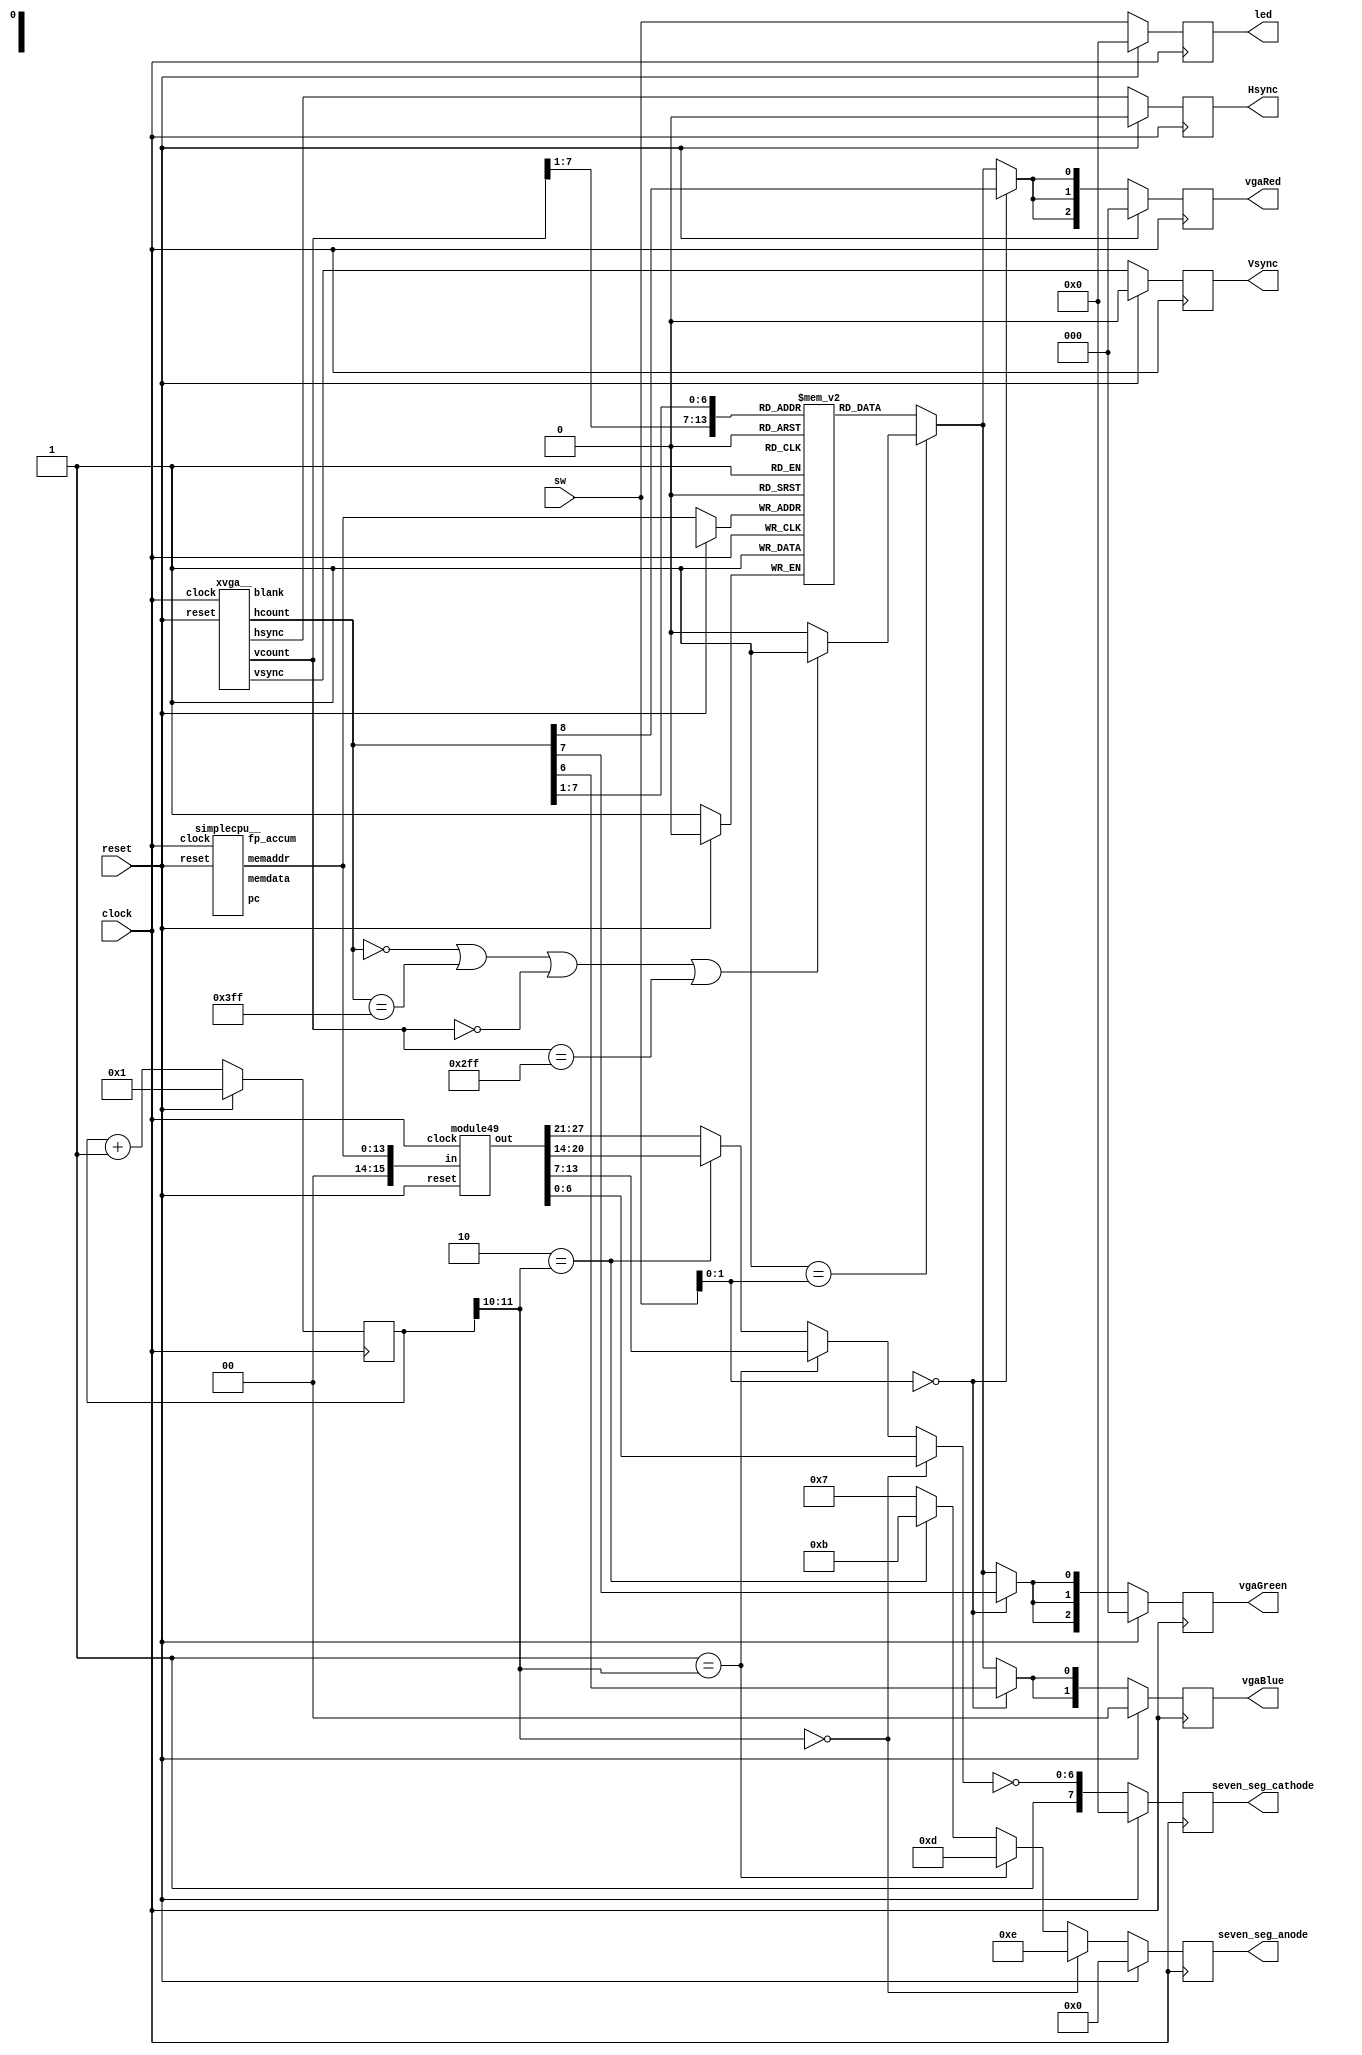
/////////////////////////////////////////
//
//
// NOTE: This file will be overwritten with the generated verilog from your Piplin project!
//
//
/////////////////////////////////////////

module piplin_project(
  clock,
  reset,
  sw,
  led,
  seven_seg_cathode,
  seven_seg_anode,
  vgaRed,
  vgaGreen,
  vgaBlue,
  Hsync,
  Vsync
);
  input wire clock;
  input wire reset;
  wire [15:0] deco_in;
  wire [27:0] deco_out;
  module49 deco(
    .clock(clock), .reset(reset),
    .in(deco_in),
    .out(deco_out)
  );

  wire [10:0] vga_hcount;
  wire [9:0] vga_vcount;
  wire  vga_hsync;
  wire  vga_vsync;
  wire  vga_blank;
  xvga__ vga(
    .clock(clock), .reset(reset),
    .hcount(vga_hcount),
    .vcount(vga_vcount),
    .hsync(vga_hsync),
    .vsync(vga_vsync),
    .blank(vga_blank)
  );

  wire [13:0] cpu_memaddr;
  wire  cpu_memdata;
  wire [7:0] cpu_pc;
  wire [15:0] cpu_fp_accum;
  simplecpu__ cpu(
    .clock(clock), .reset(reset),
    .memaddr(cpu_memaddr),
    .memdata(cpu_memdata),
    .pc(cpu_pc),
    .fp_accum(cpu_fp_accum)
  );

  //inputs
  input wire [7:0] sw;

  //outputs
  output reg [7:0] led;
  output reg [7:0] seven_seg_cathode;
  output reg [3:0] seven_seg_anode;
  output reg [2:0] vgaRed;
  output reg [2:0] vgaGreen;
  output reg [1:0] vgaBlue;
  output reg  Hsync;
  output reg  Vsync;

  //feedback
  reg [23:0] timer;
  reg [15:0] counter;
  reg [13:0] faster_counter;
  reg [13:0] buffer_index;
  reg  video_buffer [16383:0];


  wire [15:0] G__39281 = {2'b00, cpu_memaddr};
  wire [10:0] G__39282 = vga_hcount;
  wire [6:0] G__39283 = G__39282[7:1];
  wire [9:0] G__39284 = vga_vcount;
  wire [6:0] G__39285 = G__39284[7:1];
  wire [13:0] G__39286 = {G__39285, G__39283};
  wire [13:0] G__39287 = {G__39285, G__39283};
  wire  G__39288 = video_buffer[G__39287];
  wire  G__39289 = vga_vcount == 10'd767;
  wire  G__39290 = vga_vcount == 10'd0;
  wire  G__39291 = vga_hcount == 11'd1023;
  wire  G__39292 = vga_hcount == 11'd0;
  wire  G__39293 = G__39292 | G__39291;
  wire  G__39294 = G__39293 | G__39290;
  wire  G__39295 = G__39294 | G__39289;
  wire  G__39296 = G__39295 ? 1'b1 : 1'b0;
  wire [1:0] G__39297 = sw[1:0];
  wire  G__39298 = 2'b01 == G__39297;
  wire  G__39299 = G__39298 ? G__39296 : G__39288;
  wire  G__39300 = G__39282[8:8];
  wire  G__39301 = 2'b00 == G__39297;
  wire  G__39302 = G__39301 ? G__39300 : G__39299;
  wire [1:0] G__39303 = {G__39302, G__39302};
  wire [2:0] G__39304 = {G__39303, G__39302};
  wire  G__39305 = G__39282[7:7];
  wire  G__39306 = G__39301 ? G__39305 : G__39299;
  wire [1:0] G__39307 = {G__39306, G__39306};
  wire [2:0] G__39308 = {G__39307, G__39306};
  wire  G__39309 = G__39282[6:6];
  wire  G__39310 = G__39301 ? G__39309 : G__39299;
  wire [1:0] G__39311 = {G__39310, G__39310};
  wire [23:0] G__39312 = timer + 24'd1;
  wire [15:0] G__39313 = counter + 16'd1;
  wire  G__39314 = 24'd0 == timer;
  wire [15:0] G__39315 = G__39314 ? G__39313 : counter;
  wire [13:0] G__39316 = faster_counter + 14'd1;
  wire [23:0] G__39317 = timer;
  wire [1:0] G__39318 = G__39317[11:10];
  wire  G__39319 = 2'b10 == G__39318;
  wire [3:0] G__39320 = G__39319 ? 4'b1011 : 4'b0111;
  wire  G__39321 = 2'b01 == G__39318;
  wire [3:0] G__39322 = G__39321 ? 4'b1101 : G__39320;
  wire  G__39323 = 2'b00 == G__39318;
  wire [3:0] G__39324 = G__39323 ? 4'b1110 : G__39322;
  wire [6:0] G__39325 = deco_out[27:21];
  wire [6:0] G__39326 = deco_out[20:14];
  wire [6:0] G__39327 = G__39319 ? G__39326 : G__39325;
  wire [6:0] G__39328 = deco_out[13:7];
  wire [6:0] G__39329 = G__39321 ? G__39328 : G__39327;
  wire [6:0] G__39330 = deco_out[6:0];
  wire [6:0] G__39331 = G__39323 ? G__39330 : G__39329;
  wire [6:0] G__39332 = ~G__39331;
  wire [7:0] G__39333 = {1'b1, G__39332};


  always @(posedge clock)
    if (reset) begin
      seven_seg_anode <= 4'b0000;
      vgaGreen <= 3'b000;
      timer <= 24'd1;
      led <= 8'b00000000;
      Hsync <= 1'b0;
      seven_seg_cathode <= 8'b00000000;
      faster_counter <= 14'd0;
      buffer_index <= 14'd0;
      vgaRed <= 3'b000;
      vgaBlue <= 2'b00;
      counter <= 16'd0;
      Vsync <= 1'b0;
    end else begin
      Hsync <= vga_hsync;
      Vsync <= vga_vsync;
      video_buffer[cpu_memaddr] <= 1'b1;
      vgaRed <= G__39304;
      vgaGreen <= G__39308;
      vgaBlue <= G__39311;
      led <= sw;
      timer <= G__39312;
      counter <= G__39315;
      faster_counter <= G__39316;
      seven_seg_anode <= G__39324;
      seven_seg_cathode <= G__39333;
    end

  assign deco_in = G__39281;
endmodule

module module49(
  clock,
  reset,
  in,
  out
);
  input wire clock;
  input wire reset;

  //inputs
  input wire [15:0] in;

  //outputs
  output reg [27:0] out;


  wire [15:0] G__39334 = in;
  wire [3:0] G__39335 = G__39334[3:0];
  wire  G__39336 = 4'b1110 == G__39335;
  wire [6:0] G__39337 = G__39336 ? 7'b1111001 : 7'b1110001;
  wire  G__39338 = 4'b1101 == G__39335;
  wire [6:0] G__39339 = G__39338 ? 7'b1011110 : G__39337;
  wire  G__39340 = 4'b1100 == G__39335;
  wire [6:0] G__39341 = G__39340 ? 7'b0111001 : G__39339;
  wire  G__39342 = 4'b1011 == G__39335;
  wire [6:0] G__39343 = G__39342 ? 7'b1111100 : G__39341;
  wire  G__39344 = 4'b1010 == G__39335;
  wire [6:0] G__39345 = G__39344 ? 7'b1110111 : G__39343;
  wire  G__39346 = 4'b1001 == G__39335;
  wire [6:0] G__39347 = G__39346 ? 7'b1100111 : G__39345;
  wire  G__39348 = 4'b1000 == G__39335;
  wire [6:0] G__39349 = G__39348 ? 7'b1111111 : G__39347;
  wire  G__39350 = 4'b0111 == G__39335;
  wire [6:0] G__39351 = G__39350 ? 7'b0000111 : G__39349;
  wire  G__39352 = 4'b0110 == G__39335;
  wire [6:0] G__39353 = G__39352 ? 7'b1111101 : G__39351;
  wire  G__39354 = 4'b0101 == G__39335;
  wire [6:0] G__39355 = G__39354 ? 7'b1101101 : G__39353;
  wire  G__39356 = 4'b0100 == G__39335;
  wire [6:0] G__39357 = G__39356 ? 7'b1100110 : G__39355;
  wire  G__39358 = 4'b0011 == G__39335;
  wire [6:0] G__39359 = G__39358 ? 7'b1001111 : G__39357;
  wire  G__39360 = 4'b0010 == G__39335;
  wire [6:0] G__39361 = G__39360 ? 7'b1011011 : G__39359;
  wire  G__39362 = 4'b0001 == G__39335;
  wire [6:0] G__39363 = G__39362 ? 7'b0000110 : G__39361;
  wire  G__39364 = 4'b0000 == G__39335;
  wire [6:0] G__39365 = G__39364 ? 7'b0111111 : G__39363;
  wire [3:0] G__39366 = G__39334[7:4];
  wire  G__39367 = 4'b1110 == G__39366;
  wire [6:0] G__39368 = G__39367 ? 7'b1111001 : 7'b1110001;
  wire  G__39369 = 4'b1101 == G__39366;
  wire [6:0] G__39370 = G__39369 ? 7'b1011110 : G__39368;
  wire  G__39371 = 4'b1100 == G__39366;
  wire [6:0] G__39372 = G__39371 ? 7'b0111001 : G__39370;
  wire  G__39373 = 4'b1011 == G__39366;
  wire [6:0] G__39374 = G__39373 ? 7'b1111100 : G__39372;
  wire  G__39375 = 4'b1010 == G__39366;
  wire [6:0] G__39376 = G__39375 ? 7'b1110111 : G__39374;
  wire  G__39377 = 4'b1001 == G__39366;
  wire [6:0] G__39378 = G__39377 ? 7'b1100111 : G__39376;
  wire  G__39379 = 4'b1000 == G__39366;
  wire [6:0] G__39380 = G__39379 ? 7'b1111111 : G__39378;
  wire  G__39381 = 4'b0111 == G__39366;
  wire [6:0] G__39382 = G__39381 ? 7'b0000111 : G__39380;
  wire  G__39383 = 4'b0110 == G__39366;
  wire [6:0] G__39384 = G__39383 ? 7'b1111101 : G__39382;
  wire  G__39385 = 4'b0101 == G__39366;
  wire [6:0] G__39386 = G__39385 ? 7'b1101101 : G__39384;
  wire  G__39387 = 4'b0100 == G__39366;
  wire [6:0] G__39388 = G__39387 ? 7'b1100110 : G__39386;
  wire  G__39389 = 4'b0011 == G__39366;
  wire [6:0] G__39390 = G__39389 ? 7'b1001111 : G__39388;
  wire  G__39391 = 4'b0010 == G__39366;
  wire [6:0] G__39392 = G__39391 ? 7'b1011011 : G__39390;
  wire  G__39393 = 4'b0001 == G__39366;
  wire [6:0] G__39394 = G__39393 ? 7'b0000110 : G__39392;
  wire  G__39395 = 4'b0000 == G__39366;
  wire [6:0] G__39396 = G__39395 ? 7'b0111111 : G__39394;
  wire [3:0] G__39397 = G__39334[11:8];
  wire  G__39398 = 4'b1110 == G__39397;
  wire [6:0] G__39399 = G__39398 ? 7'b1111001 : 7'b1110001;
  wire  G__39400 = 4'b1101 == G__39397;
  wire [6:0] G__39401 = G__39400 ? 7'b1011110 : G__39399;
  wire  G__39402 = 4'b1100 == G__39397;
  wire [6:0] G__39403 = G__39402 ? 7'b0111001 : G__39401;
  wire  G__39404 = 4'b1011 == G__39397;
  wire [6:0] G__39405 = G__39404 ? 7'b1111100 : G__39403;
  wire  G__39406 = 4'b1010 == G__39397;
  wire [6:0] G__39407 = G__39406 ? 7'b1110111 : G__39405;
  wire  G__39408 = 4'b1001 == G__39397;
  wire [6:0] G__39409 = G__39408 ? 7'b1100111 : G__39407;
  wire  G__39410 = 4'b1000 == G__39397;
  wire [6:0] G__39411 = G__39410 ? 7'b1111111 : G__39409;
  wire  G__39412 = 4'b0111 == G__39397;
  wire [6:0] G__39413 = G__39412 ? 7'b0000111 : G__39411;
  wire  G__39414 = 4'b0110 == G__39397;
  wire [6:0] G__39415 = G__39414 ? 7'b1111101 : G__39413;
  wire  G__39416 = 4'b0101 == G__39397;
  wire [6:0] G__39417 = G__39416 ? 7'b1101101 : G__39415;
  wire  G__39418 = 4'b0100 == G__39397;
  wire [6:0] G__39419 = G__39418 ? 7'b1100110 : G__39417;
  wire  G__39420 = 4'b0011 == G__39397;
  wire [6:0] G__39421 = G__39420 ? 7'b1001111 : G__39419;
  wire  G__39422 = 4'b0010 == G__39397;
  wire [6:0] G__39423 = G__39422 ? 7'b1011011 : G__39421;
  wire  G__39424 = 4'b0001 == G__39397;
  wire [6:0] G__39425 = G__39424 ? 7'b0000110 : G__39423;
  wire  G__39426 = 4'b0000 == G__39397;
  wire [6:0] G__39427 = G__39426 ? 7'b0111111 : G__39425;
  wire [3:0] G__39428 = G__39334[15:12];
  wire  G__39429 = 4'b1110 == G__39428;
  wire [6:0] G__39430 = G__39429 ? 7'b1111001 : 7'b1110001;
  wire  G__39431 = 4'b1101 == G__39428;
  wire [6:0] G__39432 = G__39431 ? 7'b1011110 : G__39430;
  wire  G__39433 = 4'b1100 == G__39428;
  wire [6:0] G__39434 = G__39433 ? 7'b0111001 : G__39432;
  wire  G__39435 = 4'b1011 == G__39428;
  wire [6:0] G__39436 = G__39435 ? 7'b1111100 : G__39434;
  wire  G__39437 = 4'b1010 == G__39428;
  wire [6:0] G__39438 = G__39437 ? 7'b1110111 : G__39436;
  wire  G__39439 = 4'b1001 == G__39428;
  wire [6:0] G__39440 = G__39439 ? 7'b1100111 : G__39438;
  wire  G__39441 = 4'b1000 == G__39428;
  wire [6:0] G__39442 = G__39441 ? 7'b1111111 : G__39440;
  wire  G__39443 = 4'b0111 == G__39428;
  wire [6:0] G__39444 = G__39443 ? 7'b0000111 : G__39442;
  wire  G__39445 = 4'b0110 == G__39428;
  wire [6:0] G__39446 = G__39445 ? 7'b1111101 : G__39444;
  wire  G__39447 = 4'b0101 == G__39428;
  wire [6:0] G__39448 = G__39447 ? 7'b1101101 : G__39446;
  wire  G__39449 = 4'b0100 == G__39428;
  wire [6:0] G__39450 = G__39449 ? 7'b1100110 : G__39448;
  wire  G__39451 = 4'b0011 == G__39428;
  wire [6:0] G__39452 = G__39451 ? 7'b1001111 : G__39450;
  wire  G__39453 = 4'b0010 == G__39428;
  wire [6:0] G__39454 = G__39453 ? 7'b1011011 : G__39452;
  wire  G__39455 = 4'b0001 == G__39428;
  wire [6:0] G__39456 = G__39455 ? 7'b0000110 : G__39454;
  wire  G__39457 = 4'b0000 == G__39428;
  wire [6:0] G__39458 = G__39457 ? 7'b0111111 : G__39456;
  wire [13:0] G__39459 = {G__39458, G__39427};
  wire [20:0] G__39460 = {G__39459, G__39396};
  wire [27:0] G__39461 = {G__39460, G__39365};


  always @(posedge clock)
    if (reset) begin
      out <= 28'b0000000000000000000000000000;
    end else begin
      out <= G__39461;
    end

endmodule

module xvga__(
  clock,
  reset,
  hcount,
  vcount,
  hsync,
  vsync,
  blank
);
  input wire clock;
  input wire reset;

  //outputs
  output reg [10:0] hcount;
  output reg [9:0] vcount;
  output reg  hsync;
  output reg  vsync;
  output reg  blank;

  //feedback
  reg  hblank;
  reg  vblank;


  wire [10:0] G__39462 = hcount + 11'd1;
  wire  G__39463 = hcount == 11'd1343;
  wire [10:0] G__39464 = G__39463 ? 11'd0 : G__39462;
  wire  G__39465 = hcount == 11'd1023;
  wire  G__39466 = G__39465 ? 1'b1 : hblank;
  wire  G__39467 = G__39463 ? 1'b0 : G__39466;
  wire  G__39468 = hcount == 11'd1183;
  wire  G__39469 = G__39468 ? 1'b1 : hsync;
  wire  G__39470 = hcount == 11'd1047;
  wire  G__39471 = G__39470 ? 1'b0 : G__39469;
  wire [9:0] G__39472 = vcount + 10'd1;
  wire  G__39473 = vcount == 10'd805;
  wire  G__39474 = G__39463 & G__39473;
  wire [9:0] G__39475 = G__39474 ? 10'd0 : G__39472;
  wire  G__39476 = ~G__39463;
  wire [9:0] G__39477 = G__39476 ? vcount : G__39475;
  wire  G__39478 = vcount == 10'd767;
  wire  G__39479 = G__39463 & G__39478;
  wire  G__39480 = G__39479 ? 1'b1 : vblank;
  wire  G__39481 = G__39474 ? 1'b0 : G__39480;
  wire  G__39482 = vcount == 10'd782;
  wire  G__39483 = G__39463 & G__39482;
  wire  G__39484 = G__39483 ? 1'b1 : vsync;
  wire  G__39485 = vcount == 10'd776;
  wire  G__39486 = G__39463 & G__39485;
  wire  G__39487 = G__39486 ? 1'b0 : G__39484;
  wire  G__39488 = G__39467 & G__39476;
  wire  G__39489 = G__39481 | G__39488;


  always @(posedge clock)
    if (reset) begin
      vblank <= 1'b0;
      hblank <= 1'b0;
      hcount <= 11'd0;
      vcount <= 10'd0;
      hsync <= 1'b0;
      vsync <= 1'b0;
      blank <= 1'b0;
    end else begin
      hcount <= G__39464;
      hblank <= G__39467;
      hsync <= G__39471;
      vcount <= G__39477;
      vblank <= G__39481;
      vsync <= G__39487;
      blank <= G__39489;
    end

endmodule

module simplecpu__(
  clock,
  reset,
  memaddr,
  memdata,
  pc,
  fp_accum
);
  input wire clock;
  input wire reset;

  //outputs
  output reg [13:0] memaddr;
  output reg  memdata;
  output reg [7:0] pc;
  output reg [15:0] fp_accum;

  //feedback
  reg [15:0] fp_regs [7:0];


  wire [7:0] G__39490 = pc + 8'd1;
  wire  G__39491 = 8'd15 == pc;
  wire [22:0] G__39492 = G__39491 ? {4'b0001, 11'b0, 8'd5} : {4'b0101, 18'b0, 1'b0};
  wire  G__39493 = 8'd14 == pc;
  wire [22:0] G__39494 = G__39493 ? {4'b0110, 16'b0, 3'd4} : G__39492;
  wire  G__39495 = 8'd13 == pc;
  wire [22:0] G__39496 = G__39495 ? {4'b1000, 16'b0, 3'd5} : G__39494;
  wire  G__39497 = 8'd12 == pc;
  wire [22:0] G__39498 = G__39497 ? {4'b0111, 16'b0, 3'd4} : G__39496;
  wire  G__39499 = 8'd11 == pc;
  wire [22:0] G__39500 = G__39499 ? {4'b0110, 16'b0, 3'd2} : G__39498;
  wire  G__39501 = 8'd10 == pc;
  wire [22:0] G__39502 = G__39501 ? {4'b1000, 16'b0, 3'd3} : G__39500;
  wire  G__39503 = 8'd9 == pc;
  wire [22:0] G__39504 = G__39503 ? {4'b0111, 16'b0, 3'd2} : G__39502;
  wire  G__39505 = 8'd8 == pc;
  wire [22:0] G__39506 = G__39505 ? {4'b0110, 16'b0, 3'd1} : G__39504;
  wire  G__39507 = 8'd7 == pc;
  wire [22:0] G__39508 = G__39507 ? {4'b1000, 16'b0, 3'd2} : G__39506;
  wire  G__39509 = 8'd6 == pc;
  wire [22:0] G__39510 = G__39509 ? {4'b0111, 16'b0, 3'd1} : G__39508;
  wire  G__39511 = 8'd5 == pc;
  wire [22:0] G__39512 = G__39511 ? {4'b0100, 13'b0, 6'b001100} : G__39510;
  wire  G__39513 = 8'd4 == pc;
  wire [22:0] G__39514 = G__39513 ? {4'b0010, 19'b0000000001010001101} : G__39512;
  wire  G__39515 = 8'd3 == pc;
  wire [22:0] G__39516 = G__39515 ? {4'b0010, 19'b1010000000000000100} : G__39514;
  wire  G__39517 = 8'd2 == pc;
  wire [22:0] G__39518 = G__39517 ? {4'b0010, 19'b1111111101011101011} : G__39516;
  wire  G__39519 = 8'd1 == pc;
  wire [22:0] G__39520 = G__39519 ? {4'b0010, 19'b0000010011001100010} : G__39518;
  wire  G__39521 = 8'd0 == pc;
  wire [22:0] G__39522 = G__39521 ? {4'b0010, 19'b1010000000000000001} : G__39520;
  wire [7:0] G__39523 = G__39522[7:0];
  wire [3:0] G__39524 = G__39522[22:19];
  wire  G__39525 = 4'b0001 == G__39524;
  wire [7:0] G__39526 = G__39525 ? G__39523 : G__39490;
  wire [2:0] G__39527 = G__39522[2:0];
  wire [15:0] G__39528 = fp_regs[G__39527];
  wire  G__39529 = 4'b0111 == G__39524;
  wire [15:0] G__39530 = G__39529 ? G__39528 : fp_accum;
  wire [15:0] G__39532 = fp_regs[G__39527];
  wire [15:0] G__39533 = fp_regs[G__39527];
  wire [28:0] rhs_sints39534 = { {13{G__39533[15]}}, G__39533};
  wire [15:0] G__39535 = fp_accum;
  wire [15:0] G__39536 = fp_accum;
  wire [28:0] lhs_sints39537 = { {13{G__39536[15]}}, G__39536};
  wire [28:0] lhs39539 = lhs_sints39537;
  wire [28:0] rhs39540 = rhs_sints39534;
  wire  zero39553 = lhs39539 == 29'd0 || rhs39540 == 29'd0;
  wire [28:0] prod39541 = lhs39539 * rhs39540;
  wire  lhs_pos39542 = ~lhs39539[28];
  wire  rhs_pos39543 = ~rhs39540[28];
  wire [4:0] lhs_leading_zeros39544 = ~|lhs39539[28:0] ? 29 : ~|lhs39539[28:1] ? 28 : ~|lhs39539[28:2] ? 27 : ~|lhs39539[28:3] ? 26 : ~|lhs39539[28:4] ? 25 : ~|lhs39539[28:5] ? 24 : ~|lhs39539[28:6] ? 23 : ~|lhs39539[28:7] ? 22 : ~|lhs39539[28:8] ? 21 : ~|lhs39539[28:9] ? 20 : ~|lhs39539[28:10] ? 19 : ~|lhs39539[28:11] ? 18 : ~|lhs39539[28:12] ? 17 : ~|lhs39539[28:13] ? 16 : ~|lhs39539[28:14] ? 15 : ~|lhs39539[28:15] ? 14 : ~|lhs39539[28:16] ? 13 : ~|lhs39539[28:17] ? 12 : ~|lhs39539[28:18] ? 11 : ~|lhs39539[28:19] ? 10 : ~|lhs39539[28:20] ? 9 : ~|lhs39539[28:21] ? 8 : ~|lhs39539[28:22] ? 7 : ~|lhs39539[28:23] ? 6 : ~|lhs39539[28:24] ? 5 : ~|lhs39539[28:25] ? 4 : ~|lhs39539[28:26] ? 3 : ~|lhs39539[28:27] ? 2 : 1;
  wire [4:0] lhs_leading_ones39546 = &lhs39539[28:0] ? 29 : &lhs39539[28:1] ? 28 : &lhs39539[28:2] ? 27 : &lhs39539[28:3] ? 26 : &lhs39539[28:4] ? 25 : &lhs39539[28:5] ? 24 : &lhs39539[28:6] ? 23 : &lhs39539[28:7] ? 22 : &lhs39539[28:8] ? 21 : &lhs39539[28:9] ? 20 : &lhs39539[28:10] ? 19 : &lhs39539[28:11] ? 18 : &lhs39539[28:12] ? 17 : &lhs39539[28:13] ? 16 : &lhs39539[28:14] ? 15 : &lhs39539[28:15] ? 14 : &lhs39539[28:16] ? 13 : &lhs39539[28:17] ? 12 : &lhs39539[28:18] ? 11 : &lhs39539[28:19] ? 10 : &lhs39539[28:20] ? 9 : &lhs39539[28:21] ? 8 : &lhs39539[28:22] ? 7 : &lhs39539[28:23] ? 6 : &lhs39539[28:24] ? 5 : &lhs39539[28:25] ? 4 : &lhs39539[28:26] ? 3 : &lhs39539[28:27] ? 2 : 1;
  wire [4:0] rhs_leading_zeros39545 = ~|rhs39540[28:0] ? 29 : ~|rhs39540[28:1] ? 28 : ~|rhs39540[28:2] ? 27 : ~|rhs39540[28:3] ? 26 : ~|rhs39540[28:4] ? 25 : ~|rhs39540[28:5] ? 24 : ~|rhs39540[28:6] ? 23 : ~|rhs39540[28:7] ? 22 : ~|rhs39540[28:8] ? 21 : ~|rhs39540[28:9] ? 20 : ~|rhs39540[28:10] ? 19 : ~|rhs39540[28:11] ? 18 : ~|rhs39540[28:12] ? 17 : ~|rhs39540[28:13] ? 16 : ~|rhs39540[28:14] ? 15 : ~|rhs39540[28:15] ? 14 : ~|rhs39540[28:16] ? 13 : ~|rhs39540[28:17] ? 12 : ~|rhs39540[28:18] ? 11 : ~|rhs39540[28:19] ? 10 : ~|rhs39540[28:20] ? 9 : ~|rhs39540[28:21] ? 8 : ~|rhs39540[28:22] ? 7 : ~|rhs39540[28:23] ? 6 : ~|rhs39540[28:24] ? 5 : ~|rhs39540[28:25] ? 4 : ~|rhs39540[28:26] ? 3 : ~|rhs39540[28:27] ? 2 : 1;
  wire [4:0] rhs_leading_ones39547 = &rhs39540[28:0] ? 29 : &rhs39540[28:1] ? 28 : &rhs39540[28:2] ? 27 : &rhs39540[28:3] ? 26 : &rhs39540[28:4] ? 25 : &rhs39540[28:5] ? 24 : &rhs39540[28:6] ? 23 : &rhs39540[28:7] ? 22 : &rhs39540[28:8] ? 21 : &rhs39540[28:9] ? 20 : &rhs39540[28:10] ? 19 : &rhs39540[28:11] ? 18 : &rhs39540[28:12] ? 17 : &rhs39540[28:13] ? 16 : &rhs39540[28:14] ? 15 : &rhs39540[28:15] ? 14 : &rhs39540[28:16] ? 13 : &rhs39540[28:17] ? 12 : &rhs39540[28:18] ? 11 : &rhs39540[28:19] ? 10 : &rhs39540[28:20] ? 9 : &rhs39540[28:21] ? 8 : &rhs39540[28:22] ? 7 : &rhs39540[28:23] ? 6 : &rhs39540[28:24] ? 5 : &rhs39540[28:25] ? 4 : &rhs39540[28:26] ? 3 : &rhs39540[28:27] ? 2 : 1;
  wire  pos_pos_ovf39548 = (lhs_leading_zeros39544 + rhs_leading_zeros39545 < 29) | ((lhs_leading_zeros39544 + rhs_leading_zeros39545 == 29) & prod39541[28]);
  wire  neg_neg_ovf39549 = (lhs_leading_ones39546 + rhs_leading_ones39547 < 29) | ((lhs_leading_ones39546 + rhs_leading_ones39547 == 29 || lhs_leading_ones39546 + rhs_leading_ones39547 == 30) & (prod39541[28] || prod39541 == 29'b00000000000000000000000000000));
  wire [4:0] neg_leading39550 = ~lhs_pos39542 ? lhs_leading_ones39546 : rhs_leading_ones39547;
  wire [4:0] pos_leading39551 = ~lhs_pos39542 ? rhs_leading_zeros39545 : lhs_leading_zeros39544;
  wire  neg_pos_ovf39552 = (neg_leading39550 + pos_leading39551 < 29) | ~prod39541[28];
  wire [28:0] sints__STAR_39538 = zero39553 ? 29'd0 : ((lhs_pos39542 & rhs_pos39543 & pos_pos_ovf39548) | (~lhs_pos39542 & ~rhs_pos39543 & neg_neg_ovf39549)) ? 29'd268435455 : ((lhs_pos39542 ^ rhs_pos39543) & neg_pos_ovf39552) ? -29'd268435456 : prod39541;
  wire [28:0] full_result39554 = sints__STAR_39538;
  wire [15:0] G__39531 = full_result39554[28:13];
  wire  G__39555 = 4'b0011 == G__39524;
  wire [15:0] G__39556 = G__39555 ? G__39531 : G__39530;
  wire [15:0] G__39558 = fp_regs[G__39527];
  wire [16:0] G__39559 = { {1{G__39528[15]}}, G__39528};
  wire [16:0] G__39560 = { {1{G__39528[15]}}, G__39528};
  wire [16:0] G__39561 = ~G__39560;
  wire [16:0] G__39562 = ~G__39560;
  wire [16:0] G__39563 = G__39562 + 17'd1;
  wire [16:0] G__39564 = G__39562 + 17'd1;
  wire [16:0] G__39565 = G__39562 + 17'd1;
  wire [15:0] G__39566 = fp_accum;
  wire [16:0] G__39567 = { {1{fp_accum[15]}}, fp_accum};
  wire [16:0] lhs39569 = G__39567;
  wire [16:0] rhs39570 = G__39565;
  wire [17:0] extended_sum39571 = {lhs39569[16],lhs39569} + {rhs39570[16],rhs39570};
  wire [16:0] raw_diff39568 = (extended_sum39571[17] == extended_sum39571[16]) ? extended_sum39571[16:0] : (extended_sum39571[17] == 1'b0) ? 17'd65535 : -17'd65536;
  wire [16:0] lhs39573 = G__39567;
  wire [16:0] rhs39574 = G__39565;
  wire [17:0] extended_sum39575 = {lhs39573[16],lhs39573} + {rhs39574[16],rhs39574};
  wire [16:0] G__39572 = (extended_sum39575[17] == extended_sum39575[16]) ? extended_sum39575[16:0] : (extended_sum39575[17] == 1'b0) ? 17'd65535 : -17'd65536;
  wire [15:0] G__39576 = G__39572[15:0];
  wire [15:0] difference39577 = G__39572[15:0];
  wire  msb039578 = G__39572[16:16];
  wire  G__39579 = 1'b0 == msb039578;
  wire [15:0] G__39580 = G__39579 ? 16'd32767 : -16'd32768;
  wire  msb139581 = G__39572[15:15];
  wire  G__39582 = msb039578 ^ msb139581;
  wire  G__39583 = msb039578 ^ msb139581;
  wire  overflow_QMARK_39584 = msb039578 ^ msb139581;
  wire [15:0] result39585 = overflow_QMARK_39584 ? G__39580 : difference39577;
  wire [15:0] G__39557 = result39585;
  wire  G__39586 = 4'b0000 == G__39524;
  wire [15:0] G__39587 = G__39586 ? G__39557 : G__39556;
  wire [15:0] lhs39589 = fp_accum;
  wire [15:0] rhs39590 = G__39528;
  wire [16:0] extended_sum39591 = {lhs39589[15],lhs39589} + {rhs39590[15],rhs39590};
  wire [15:0] G__39588 = (extended_sum39591[16] == extended_sum39591[15]) ? extended_sum39591[15:0] : (extended_sum39591[16] == 1'b0) ? 16'd32767 : -16'd32768;
  wire  G__39592 = 4'b1000 == G__39524;
  wire [15:0] G__39593 = G__39592 ? G__39588 : G__39587;
  wire  G__39594 = 4'b0110 == G__39524;
  wire [15:0] G__39595 = G__39594 ? fp_accum : 16'b0000000000000000;
  wire [18:0] G__39596 = G__39522[18:0];
  wire [15:0] G__39597 = G__39596[18:3];
  wire  G__39598 = 4'b0010 == G__39524;
  wire [15:0] G__39599 = G__39598 ? G__39597 : G__39595;
  wire [2:0] G__39600 = G__39594 ? G__39527 : 3'd0;
  wire [2:0] G__39601 = G__39596[2:0];
  wire [2:0] G__39602 = G__39598 ? G__39601 : G__39600;
  wire [5:0] G__39603 = G__39522[5:0];
  wire [2:0] G__39604 = G__39603[2:0];
  wire [15:0] G__39605 = fp_regs[G__39604];
  wire [15:0] G__39606 = fp_regs[G__39604];
  wire [6:0] G__39607 = G__39606[15:9];
  wire [6:0] G__39608 = G__39606[15:9];
  wire [6:0] G__39609 = 7'd63 + G__39608;
  wire [6:0] G__39610 = 7'd63 + G__39608;
  wire [2:0] G__39611 = G__39603[5:3];
  wire [15:0] G__39612 = fp_regs[G__39611];
  wire [15:0] G__39613 = fp_regs[G__39611];
  wire [6:0] G__39614 = G__39613[15:9];
  wire [6:0] G__39615 = G__39613[15:9];
  wire [6:0] G__39616 = 7'd63 + G__39615;
  wire [6:0] G__39617 = 7'd63 + G__39615;
  wire [13:0] G__39618 = {G__39617, G__39610};
  wire [13:0] G__39619 = {G__39617, G__39610};
  wire  G__39620 = G__39524 == 4'b0100;
  wire [13:0] G__39621 = G__39620 ? G__39619 : memaddr;


  always @(posedge clock)
    if (reset) begin
      memaddr <= 14'd0;
      memdata <= 1'b1;
      pc <= 8'd0;
      fp_accum <= 16'b0000000000000000;
    end else begin
      pc <= G__39526;
      fp_accum <= G__39593;
      fp_regs[G__39602] <= G__39599;
      memaddr <= G__39621;
    end

endmodule